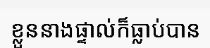
ខ្លួននាងផ្ទាល់ក៏ធ្លាប់បាន